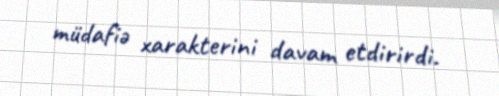
müdafiə xarakterini davam etdirirdi.